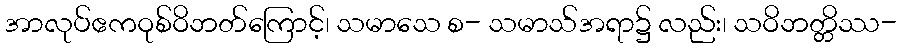
အာလုပ်ဧကဝုစ်ဝိဘတ်ကြောင့်၊ သမာသေ စ- သမာသ်အရာ၌ လည်း၊ သဝိဘတ္တိဿ-